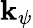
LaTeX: \mathbf{k}_{\psi}